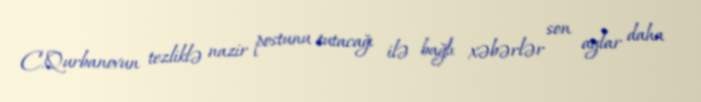
C.Qurbanovun tezliklə nazir postunu tutacağı ilə bağlı xəbərlər son aylar daha